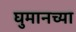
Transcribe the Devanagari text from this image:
घुमानच्या